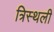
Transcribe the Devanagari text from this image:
त्रिस्थली